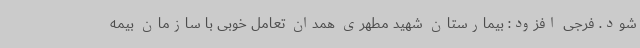
شود. فرجی افزود: بیمارستان شهید مطهری همدان تعامل خوبی با سازمان بیمه